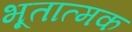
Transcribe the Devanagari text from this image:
भूतात्मक